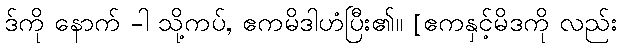
ဒ်ကို နောက် -ါ သို့ကပ်, ဧကမိဒါဟံပြီး၏။ [ဧကနှင့်မိဒကို လည်း